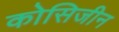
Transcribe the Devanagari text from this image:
कोसिजीन